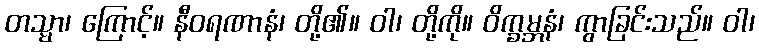
တသ္မာ၊ ကြောင့်။ နီဝရဏာနံ၊ တို့၏။ ဝါ၊ တို့ကို။ ဝိက္ခမ္ဘနံ၊ ကွာခြင်းသည်။ ဝါ၊